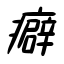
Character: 癖